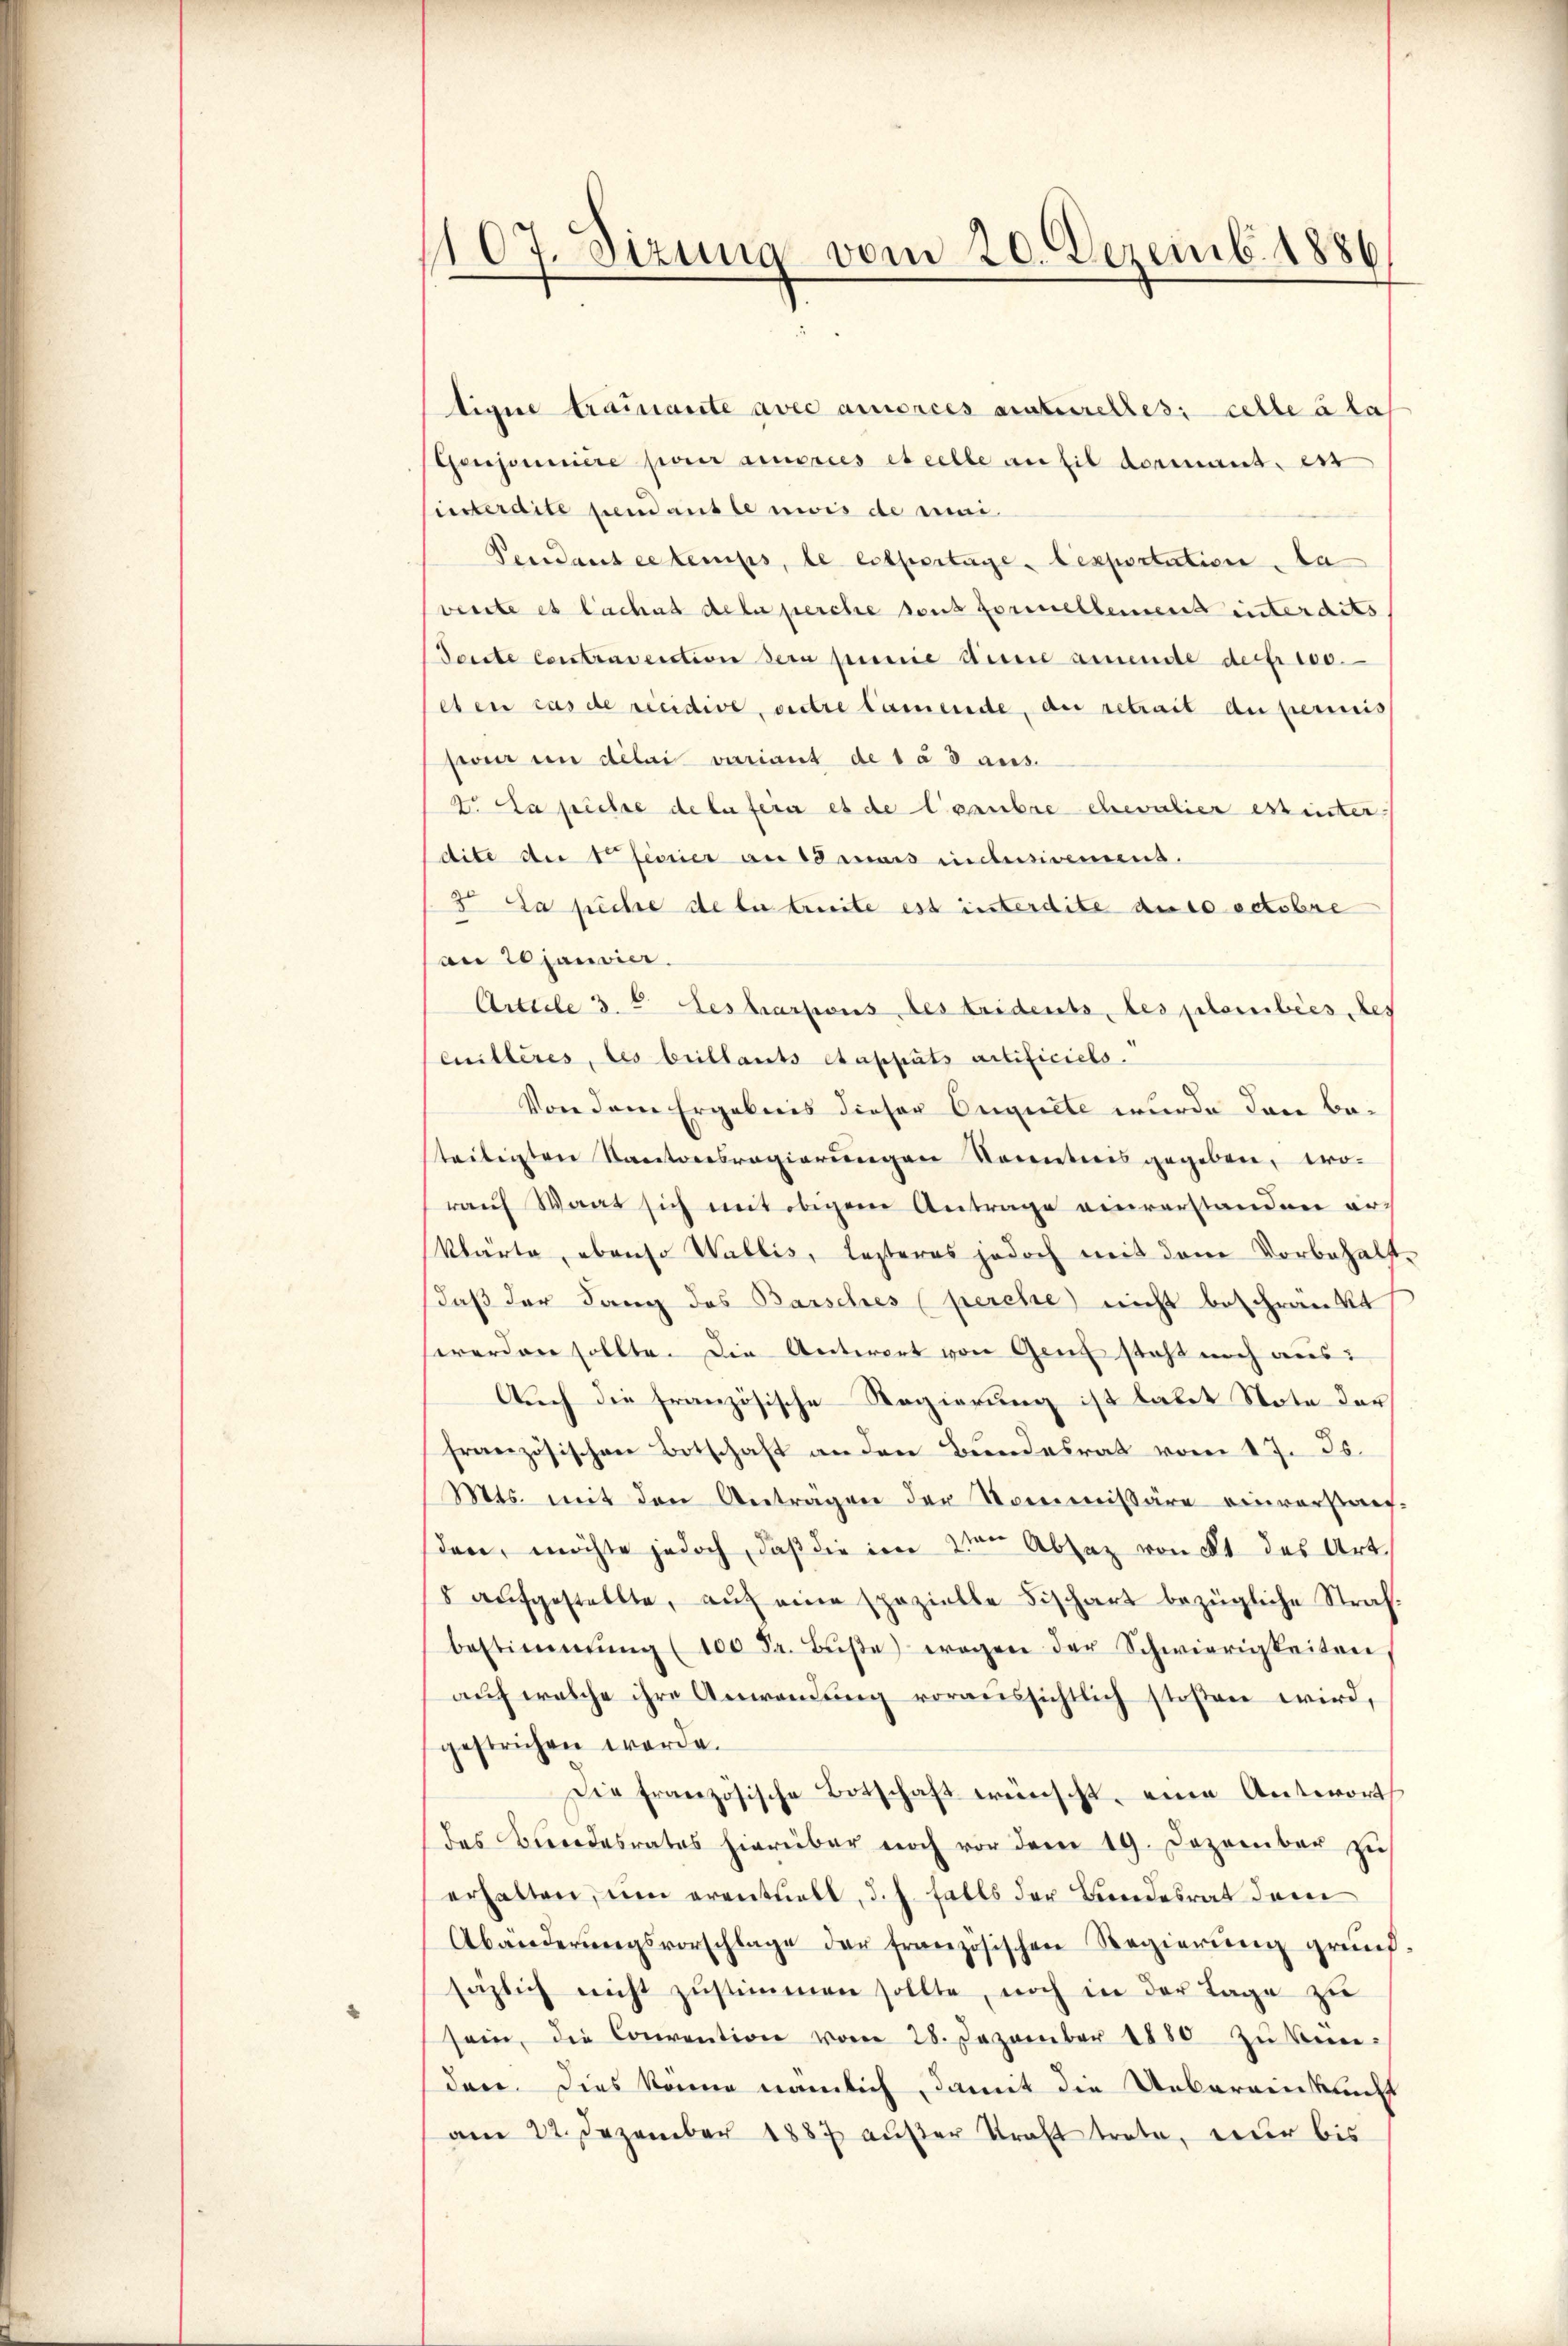
107. Sizung vom 20. Dezemb. 1886

tigne trainante avec amorces araturelles; celle à la
Genjonniere par amortes et celle anfil dermant, es
interdite pendant le mois de mai
Pendans ce temps, le expertage lexportation, da
vente es lachet de la perche sous formellemend interdits
Toute Contrasection sein punie dene armende der 100.
eten cas de recidive, widere tamende, du retrait an permis
sfeier un délai variant de 1 à 3 aus.
2. Da sichte de la fern es de lautre chevalier essinter-
dite der 1. Ferier am 18 mais indusivemens.
3. Da siche de le treite est interdite de so octobre
an 20janvier
Arttile 3. 4. Les hartons des tridents, les plenibées des
euilleres, les billants etapputs artificielo.
Von dem Ergebnis dieser Onguete wurde dann be-
teiligten Kantonsregierungen Namenticis gegeben, tro-
rauf Waat sich mit obigem Antrage einverstanden arklärte, ebenso Wallis, lezteres jedoch mit dem Vorbehälft
daß der Lang des Barsches (perche nicht beschränkt
werden sollte. Die Antwort von Genf steht noch aus:
Auch die französische Regierung ist labet Note der
französischen Botschaft an den Bundesrat vom 17. Js.
Mts. mit den Antragen der Kommissäre einverstauf-
sden, möchte jedoch, daß die im 3ten Absaz von § 1 des Art.
8 aufgestellte, auf eine spezielle Fischart bezügliche Strafbestimmung (100 Fr. Bŭβe) wegen der Schwierigkeiten
aŭf welche ihre Anwendŭng voraussichtlich stoßen wird,
gestrichen werde.
Die französische Botschaft wünscht, eine Antworts
des Bundesrates hierüber noch vor dem 19. Dezember zu
erhalten, um eventuell, d. h. falls der Bundesrat dem
Abänderŭngsvorschlage der französischen Regierŭng grund
säglich nicht zŭstimmen sollte, noch in der Tage zu
sein, die Convention vom 28. Dezember 1880 zŭ kün-
der. Dies könne nämlich, damit die Uebereinkunft
am 22. Dezember 1887 außer Kraft trete, nur bis